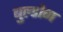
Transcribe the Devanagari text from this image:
बुल्डोग